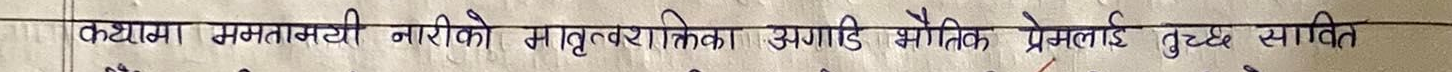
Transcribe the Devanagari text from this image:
कठयामा समतामयी नारीको मातृवत्तिक अपगाडि भौतिक प्रेमलाई तुच्छ स्थापित